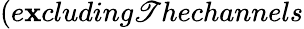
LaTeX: (e\mathbf{x}cluding\mathscr{T}hechannels